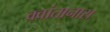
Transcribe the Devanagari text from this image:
क्वांतानास